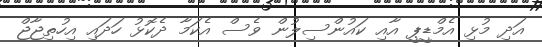
އަދި މުޅި އެމްޑީޕީ އާއި ކައުންސިލުން ވެސް އެކަމާ ދެކޮޅު ހަދައި އިހުތިޖާޖް